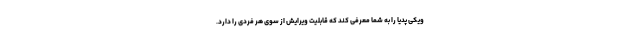
ویکی پدیا را به شما معرفی کند که قابلیت ویرایش از سوی هر فردی را دارد.